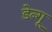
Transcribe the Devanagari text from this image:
डेन्गू